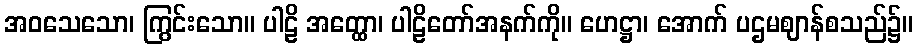
အဝသေသော၊ ကြွင်းသော။ ပါဠိ အတ္ထော၊ ပါဠိတော်အနက်ကို။ ဟေဋ္ဌာ၊ အောက် ပဌမဈာန်စသည်၌။